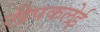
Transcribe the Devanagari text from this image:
लीपकलेई